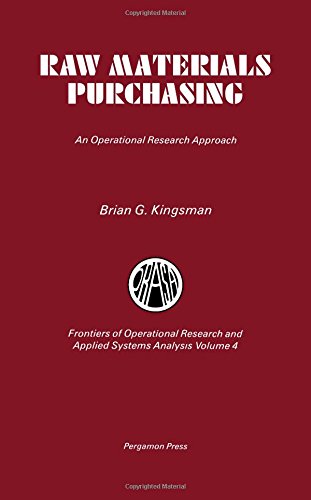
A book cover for Raw Materials Purchasing: An Operational Research Approach (Frontiers of operational research and applied systems analysis); Brian G. Kingsman; Business & Money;